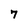
Character: 7